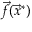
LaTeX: { \vec { f } } ( { \vec { x } } ^ { * } )